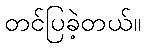
တင်ပြခဲ့တယ်။